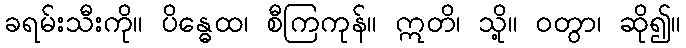
ခရမ်းသီးကို။ ပိန္ဓေထ၊ စီကြကုန်။ ဣတိ၊ သို့။ ဝတွာ၊ ဆို၍။